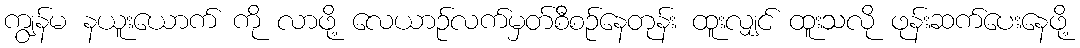
ကျွန်မ နယူးယောက် ကို လာဖို့ လေယာဉ်လက်မှတ်စီစဉ်နေတုန်း ထူးလျှင် ထူးသလို ဖုန်းဆက်ပေးနေဖို့